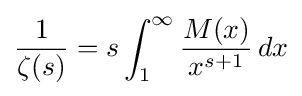
{\frac {1}{\zeta (s)}}=s\int _{1}^{\infty }{\frac {M(x)}{x^{s+1}}}\,dx